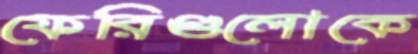
ফেরিগুলোকে